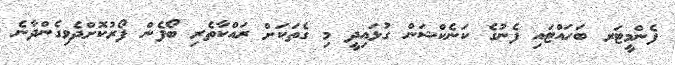
ފެންމީޓަރ ބަހައްޓައި ފެނުގެ ކަނެކްޝަން ގުޅައިދީ މި ގެތަކަށް ރައްކާތެރި ބޯފެން ފޯރުކޮށްދެވިގެންދާނެ